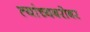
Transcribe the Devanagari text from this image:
त्यांच्यबरोबर